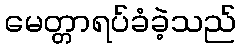
မေတ္တာရပ်ခံခဲ့သည်